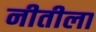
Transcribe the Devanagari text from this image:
नीतीला